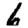
Digit: 6